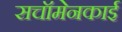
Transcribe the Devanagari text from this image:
सचॉमेनकाई